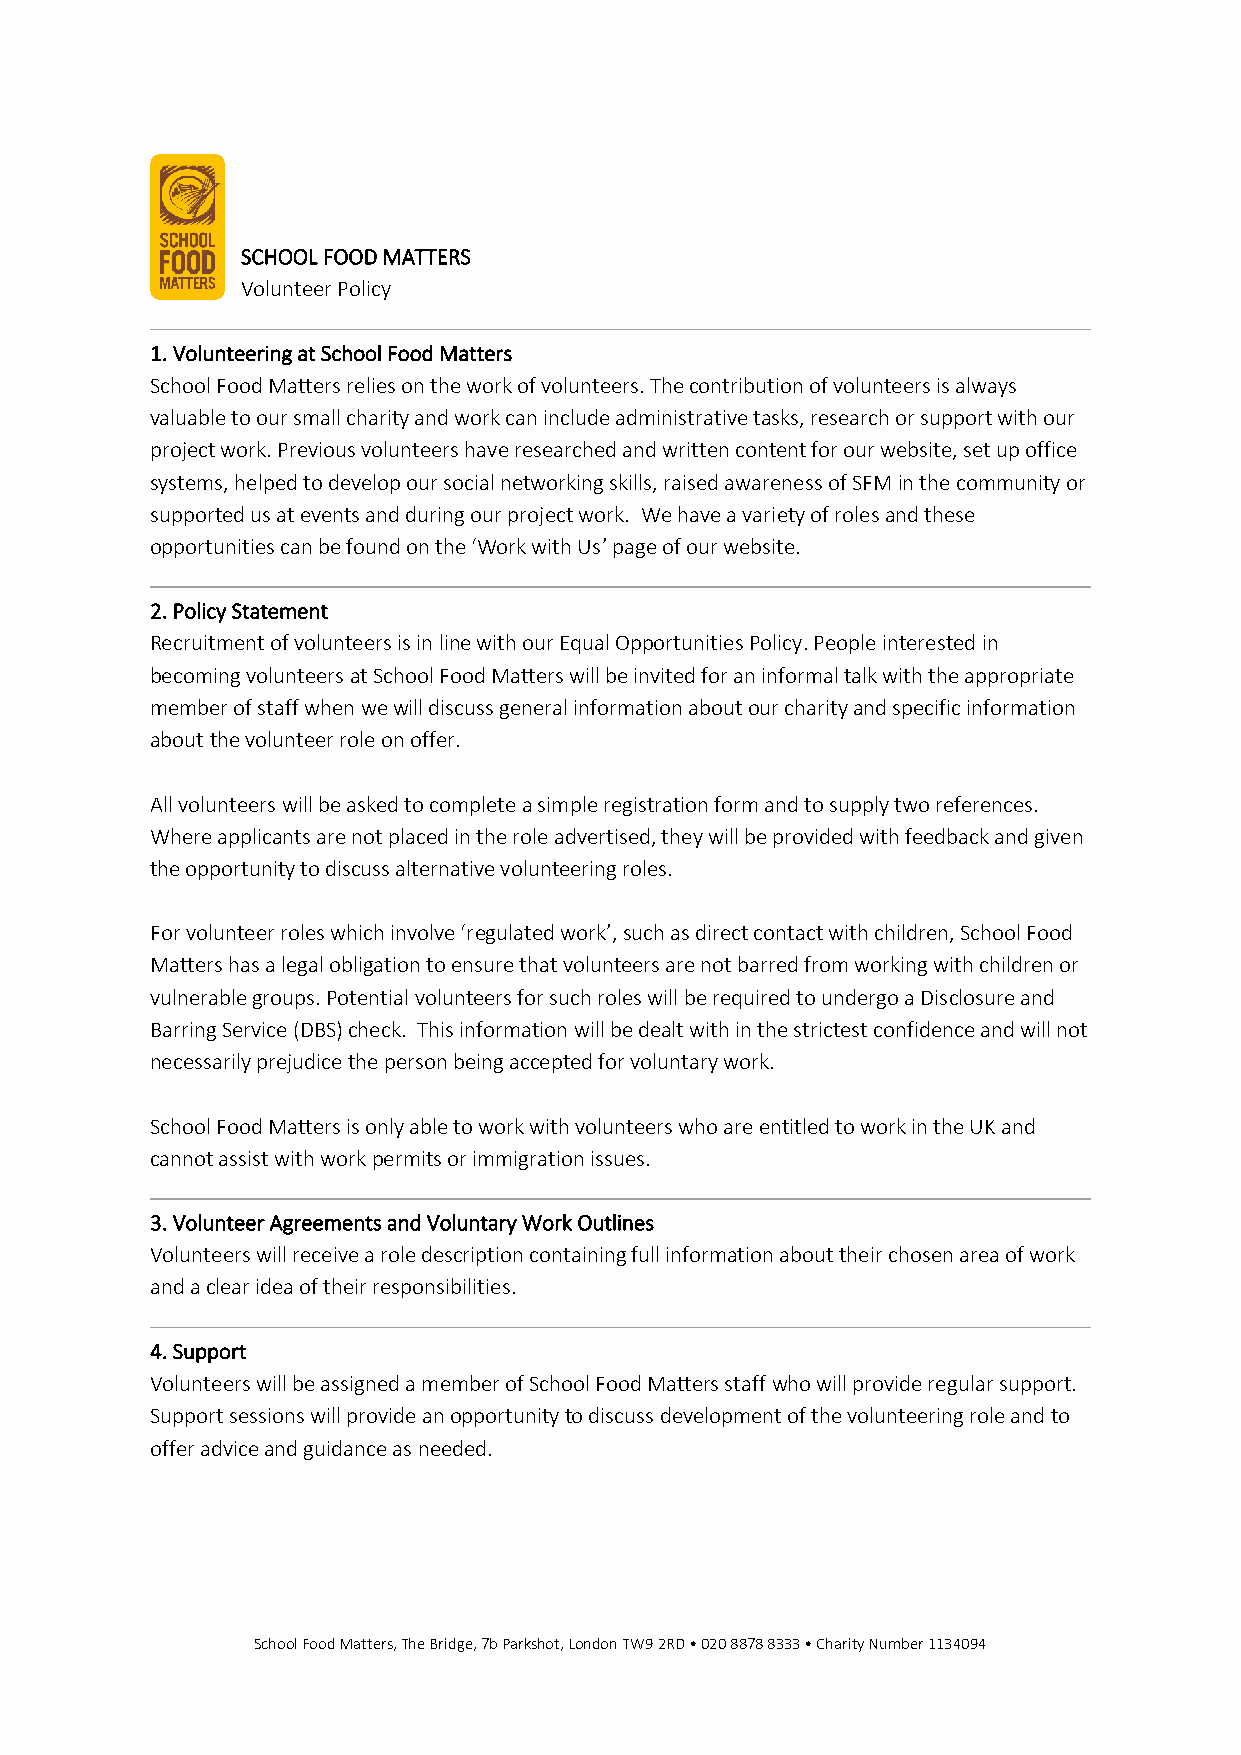
SCHOOL FOOD MATTERS
 Volunteer Policy
 1. Volunteering at School Food Matters
 School Food Matters relies on the work of volunteers. The contribution of volunteers is always
 valuable to our small charity and work can include administrative tasks, research or support with our
 project work. Previous volunteers have researched and written content for our website, set up office
 systems, helped to develop our social networking skills, raised awareness of SFM in the community or
 supported us at events and during our project work. We have a variety of roles and these
 opportunities can be found on the ‘Work with Us’ page of our website.
 2. Policy Statement
 Recruitment of volunteers is in line with our Equal Opportunities Policy. People interested in
 becoming volunteers at School Food Matters will be invited for an informal talk with the appropriate
 member of staff when we will discuss general information about our charity and specific information
 about the volunteer role on offer.
 All volunteers will be asked to complete a simple registration form and to supply two references.
 Where applicants are not placed in the role advertised, they will be provided with feedback and given
 the opportunity to discuss alternative volunteering roles.
 For volunteer roles which involve ‘regulated work’, such as direct contact with children, School Food
 Matters has a legal obligation to ensure that volunteers are not barred from working with children or
 vulnerable groups. Potential volunteers for such roles will be required to undergo a Disclosure and
 Barring Service (DBS) check. This information will be dealt with in the strictest confidence and will not
 necessarily prejudice the person being accepted for voluntary work.
 School Food Matters is only able to work with volunteers who are entitled to work in the UK and
 cannot assist with work permits or immigration issues.
 3. Volunteer Agreements and Voluntary Work Outlines
 Volunteers will receive a role description containing full information about their chosen area of work
 and a clear idea of their responsibilities.
 4. Support
 Volunteers will be assigned a member of School Food Matters staff who will provide regular support.
 Support sessions will provide an opportunity to discuss development of the volunteering role and to
 offer advice and guidance as needed.
 School Food Matters, The Bridge, 7b Parkshot, London TW9 2RD • 020 8878 8333 • Charity Number 1134094